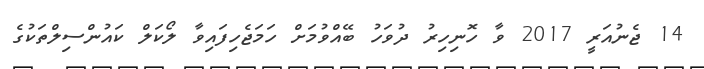
14 ޖެނުއަރީ 2017 ވާ ހޮނިހިރު ދުވަހު ބޭއްވުމަށް ހަމަޖެހިފައިވާ ލޯކަލް ކައުންސިލްތަކުގެ